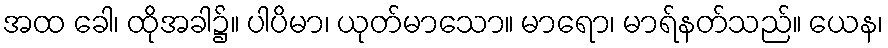
အထ ခေါ၊ ထိုအခါ၌။ ပါပိမာ၊ ယုတ်မာသော။ မာရော၊ မာရ်နတ်သည်။ ယေန၊